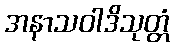
အနာသဝါဒိသုတ္တံ